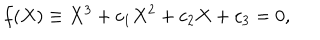
LaTeX: f ( X ) \equiv X ^ { 3 } + c _ { 1 } X ^ { 2 } + c _ { 2 } X + c _ { 3 } = 0 ,